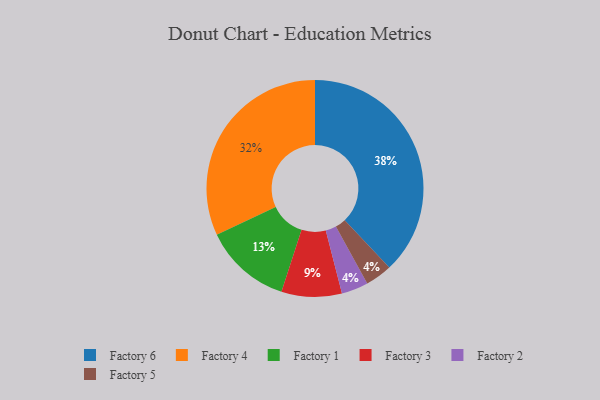
{"axis": {"x": "Category", "y": "Percentage"}, "legend": ["Factory 1", "Factory 2", "Factory 3", "Factory 4", "Factory 5", "Factory 6"], "data": [{"x": "Factory 1", "y": 13, "type": "Factory 1"}, {"x": "Factory 2", "y": 4, "type": "Factory 2"}, {"x": "Factory 4", "y": 32, "type": "Factory 4"}, {"x": "Factory 3", "y": 9, "type": "Factory 3"}, {"x": "Factory 6", "y": 38, "type": "Factory 6"}, {"x": "Factory 5", "y": 4, "type": "Factory 5"}]}